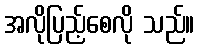
အလိုပြည့်စေလို သည်။